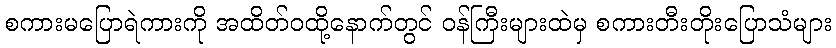
စကားမပြောရဲကားကို အထိတ်ဝထို့နောက်တွင် ဝန်ကြီးများထဲမှ စကားတီးတိုးပြောသံများ